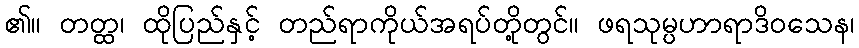
၏။ တတ္ထ၊ ထိုပြည်နှင့် တည်ရာကိုယ်အရပ်တို့တွင်။ ဖရသုမ္ပဟာရာဒိဝသေန၊